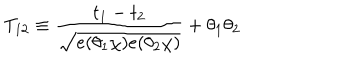
T _ { 1 2 } \equiv \frac { t _ { 1 } - t _ { 2 } } { \sqrt { e ( \theta _ { 1 } \chi ) e ( \theta _ { 2 } \chi ) } } + \theta _ { 1 } \theta _ { 2 }